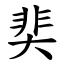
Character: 奜